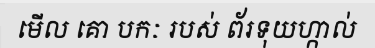
មើល គោ បកៈ របស់ ព័រទុយហ្កាល់